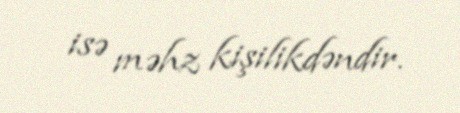
isə məhz kişilikdəndir.